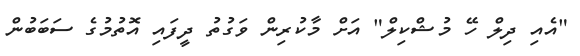
"އެއި ދިލް ހޭ މުޝްކިލް" އަށް މާކުރިން ވަގުތު ދީފައި އޮތުމުގެ ސަބަބުން